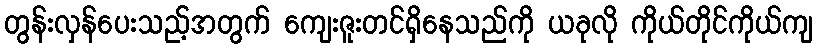
တွန်းလှန်ပေးသည့်အတွက် ကျေးဇူးတင်ရှိနေသည်ကို ယခုလို ကိုယ်တိုင်ကိုယ်ကျ